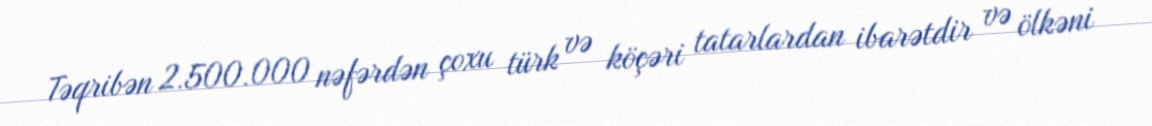
Təqribən 2.500.000 nəfərdən çoxu türk və köçəri tatarlardan ibarətdir və ölkəni